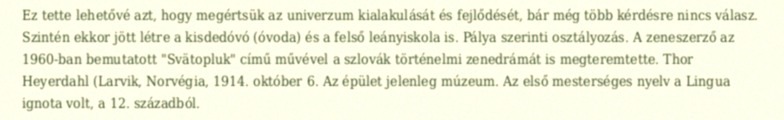
Ez tette lehetővé azt, hogy megértsük az univerzum kialakulását és fejlődését, bár még több kérdésre nincs válasz. Szintén ekkor jött létre a kisdedóvó (óvoda) és a felső leányiskola is. Pálya szerinti osztályozás. A zeneszerző az 1960-ban bemutatott "Svätopluk" című művével a szlovák történelmi zenedrámát is megteremtette. Thor Heyerdahl (Larvik, Norvégia, 1914. október 6. Az épület jelenleg múzeum. Az első mesterséges nyelv a Lingua ignota volt, a 12. századból.